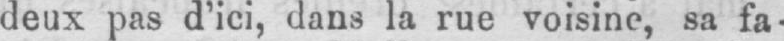
deux pas d’ici, dans la rue voisine, sa fa-